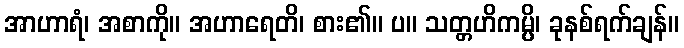
အာဟာရံ၊ အစာကို။ အဟာရေတိ၊ စား၏။ ပ။ သတ္တဟိကမ္ပိ၊ ခုနစ်ရက်ချန်။